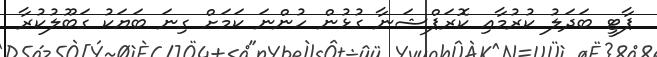
ޕާޓީ ބަދަލު ކުރުމާއި ކޮރަޕްޝަނާ ގުޅުން ހުންނަ ކަމަށް ގިނަ ބަޔަކު ގަބޫލުކުރާ